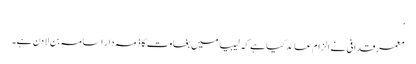
‘
معمرقدافی نے الزام عائد کیا ہے کہ لیبیا میں بغاوت کا ذمہ دار اسامہ بن لادن ہے۔